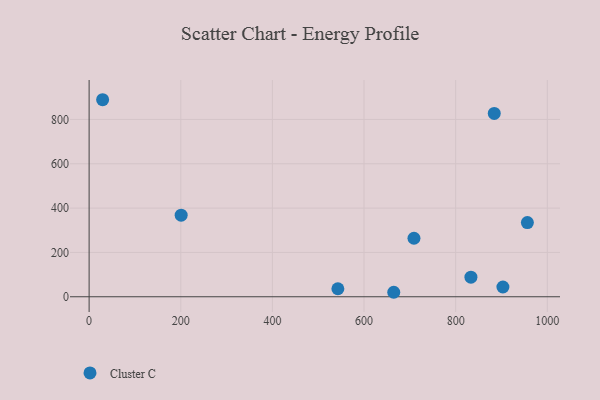
{"axis": {"x": "Ad Spend", "y": "Fuel Efficiency"}, "legend": ["Cluster C"], "data": [{"x": "833.3", "y": 88.3, "type": "Cluster C"}, {"x": "200.9", "y": 368.0, "type": "Cluster C"}, {"x": "29.5", "y": 889.0, "type": "Cluster C"}, {"x": "542.9", "y": 36.1, "type": "Cluster C"}, {"x": "709.0", "y": 263.9, "type": "Cluster C"}, {"x": "664.9", "y": 20.2, "type": "Cluster C"}, {"x": "884.2", "y": 827.3, "type": "Cluster C"}, {"x": "956.5", "y": 334.5, "type": "Cluster C"}, {"x": "903.1", "y": 44.1, "type": "Cluster C"}]}